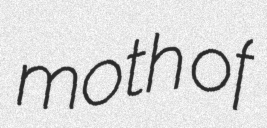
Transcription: moth of